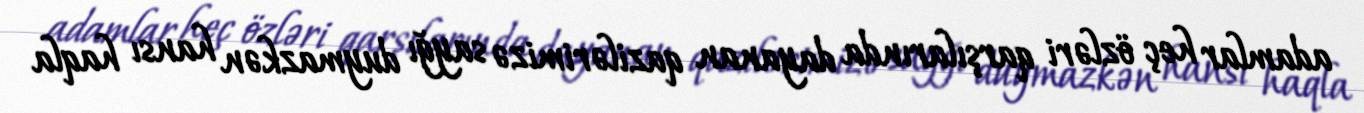
adamlar heç özləri qarşılarında dayanan qazilərimizə sayğı duymazkən hansı haqla